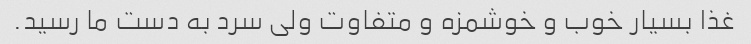
غذا بسیار خوب و خوشمزه و متفاوت ولی سرد به دست ما رسید.